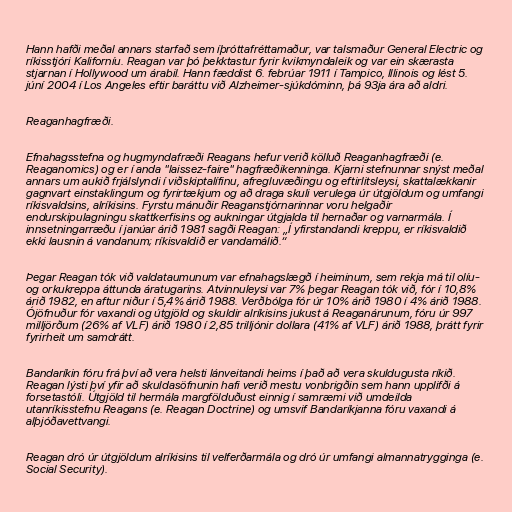
Hann hafði meðal annars starfað sem íþróttafréttamaður, var talsmaður General Electric og
ríkisstjóri Kaliforníu. Reagan var þó þekktastur fyrir kvikmyndaleik og var ein skærasta
stjarnan í Hollywood um árabil. Hann fæddist 6. febrúar 1911 í Tampico, Illinois og lést 5.
júní 2004 í Los Angeles eftir baráttu við Alzheimer-sjúkdóminn, þá 93ja ára að aldri.

Reaganhagfræði.

Efnahagsstefna og hugmyndafræði Reagans hefur verið kölluð Reaganhagfræði (e.
Reaganomics) og er í anda "laissez-faire" hagfræðikenninga. Kjarni stefnunnar snýst meðal
annars um aukið frjálslyndi í viðskiptalífinu, afregluvæðingu og eftirlitsleysi, skattalækkanir
gagnvart einstaklingum og fyrirtækjum og að draga skuli verulega úr útgjöldum og umfangi
ríkisvaldsins, alríkisins. Fyrstu mánuðir Reaganstjórnarinnar voru helgaðir
endurskipulagningu skattkerfisins og aukningar útgjalda til hernaðar og varnarmála. Í
innsetningarræðu í janúar árið 1981 sagði Reagan: „Í yfirstandandi kreppu, er ríkisvaldið
ekki lausnin á vandanum; ríkisvaldið er vandamálið.“

Þegar Reagan tók við valdataumunum var efnahagslægð í heiminum, sem rekja má til olíu-
og orkukreppa áttunda áratugarins. Atvinnuleysi var 7% þegar Reagan tók við, fór í 10,8%
árið 1982, en aftur niður í 5,4% árið 1988. Verðbólga fór úr 10% árið 1980 í 4% árið 1988.
Ójöfnuður fór vaxandi og útgjöld og skuldir alríkisins jukust á Reaganárunum, fóru úr 997
milljörðum (26% af VLF) árið 1980 í 2,85 trilljónir dollara (41% af VLF) árið 1988, þrátt fyrir
fyrirheit um samdrátt.

Bandaríkin fóru frá því að vera helsti lánveitandi heims í það að vera skuldugusta ríkið.
Reagan lýsti því yfir að skuldasöfnunin hafi verið mestu vonbrigðin sem hann upplifði á
forsetastóli. Útgjöld til hermála margfölduðust einnig í samræmi við umdeilda
utanríkisstefnu Reagans (e. Reagan Doctrine) og umsvif Bandaríkjanna fóru vaxandi á
alþjóðavettvangi.

Reagan dró úr útgjöldum alríkisins til velferðarmála og dró úr umfangi almannatrygginga (e.
Social Security).